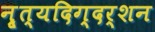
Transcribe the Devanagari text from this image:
नृ्त्यदिग्दर्शन